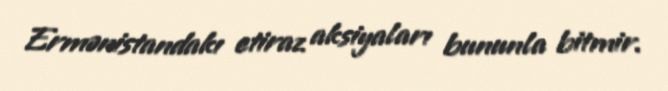
Ermənistandakı etiraz aksiyaları bununla bitmir.